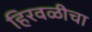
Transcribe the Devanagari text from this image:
हिरवळीचा